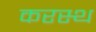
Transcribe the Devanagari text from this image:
करस्थ